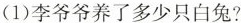
（1）李爷爷养了多少只白兔？